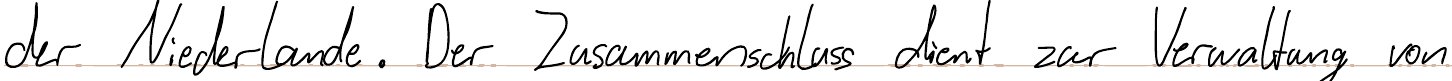
der Niederlande. Der Zusammenschluss dient zur Verwaltung von